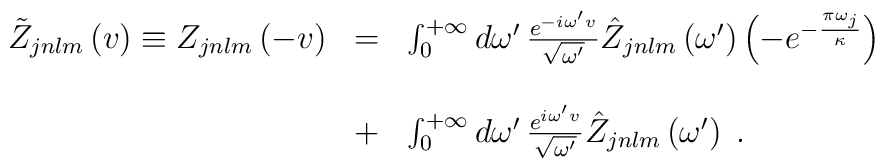
\begin{array}{lcl}\tilde {Z}_{jnlm}\left(v\right)\equiv Z_{jnlm}\left(-v\right)&=&\int_{0}^{+\infty}d\omega'\,\frac{e^{-i\omega'v}}{\sqrt{\omega'}}\hat Z_{jnlm}\left(\omega'\right)\left(-e^{-{{\pi\omega_j}\over\kappa}}\right)\\\\\ &+&\int_{0}^{+\infty}d\omega'\,\frac{e^{i\omega'v}}{\sqrt{\omega'}}\hat Z_{jnlm}\left(\omega'\right)\;.\end{array}